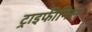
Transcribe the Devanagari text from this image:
ट्राइफीनिल